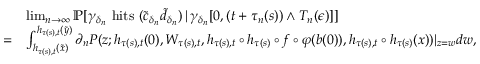
\begin{array} { r l } & { \operatorname* { l i m } _ { n \to \infty } \mathbb { P } [ \gamma _ { \delta _ { n } } \mathrm { ~ h i t s ~ } ( \tilde { c } _ { \delta _ { n } } \tilde { d } _ { \delta _ { n } } ) \, | \, \gamma _ { \delta _ { n } } [ 0 , ( t + \tau _ { n } ( s ) ) \wedge T _ { n } ( \epsilon ) ] ] } \\ { = } & { \int _ { h _ { \tau ( s ) , t } ( \tilde { x } ) } ^ { h _ { \tau ( s ) , t } ( \tilde { y } ) } \partial _ { n } P ( z ; h _ { \tau ( s ) , t } ( 0 ) , W _ { \tau ( s ) , t } , h _ { \tau ( s ) , t } \circ h _ { \tau ( s ) } \circ f \circ \varphi ( b ( 0 ) ) , h _ { \tau ( s ) , t } \circ h _ { \tau ( s ) } ( x ) ) | _ { z = w } d w , } \end{array}